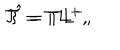
{ \cal T } = T L ^ { + } , \hspace { 1 c m } \hat { \cal T } = T L ^ { - } ,